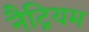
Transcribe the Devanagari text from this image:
नैट्रियम